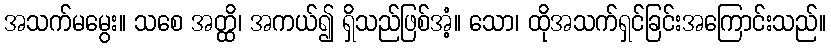
အသက်မမွေး။ သစေ အတ္ထိ၊ အကယ်၍ ရှိသည်ဖြစ်အံ့။ သော၊ ထိုအသက်ရှင်ခြင်းအကြောင်းသည်။